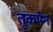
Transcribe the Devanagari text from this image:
तुकपेन